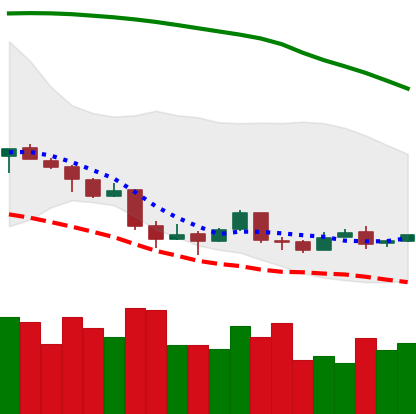
Ticker: BTC-USD
Chart end date: 2018-04-11
Forward return: 15.647%
Label: up_7plus